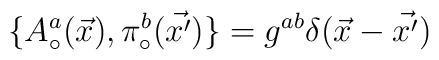
\{A_{\circ}^{a}(\vec{x}), \pi_{\circ}^{b}(\vec{x'})\} =g^{ab}\delta(\vec{x}-\vec{x'})